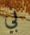
بي